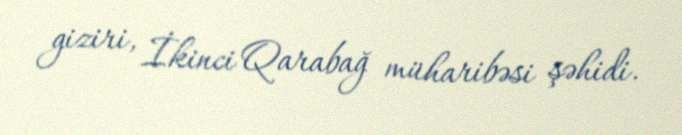
giziri, İkinci Qarabağ müharibəsi şəhidi.